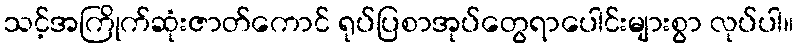
သင့်အကြိုက်ဆုံးဇာတ်ကောင် ရုပ်ပြစာအုပ်တွေရာပေါင်းများစွာ လုပ်ပါ။